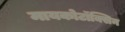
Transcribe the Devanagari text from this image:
मायकोटॉक्सिन